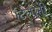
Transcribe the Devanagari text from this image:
टिलानी